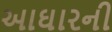
આઘારની